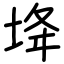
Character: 鿍